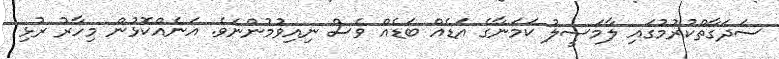
ސަދަގާތްކުރުމުގައި ލާމަސީލު ކަމަނާގެ އަޑެއް ބަޑެއް ވެސް ނިއިވުމުންނެވެ. އަނެއްކޮޅުން މިހާރު ރުޅި